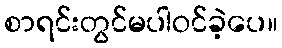
စာရင်းတွင်မပါဝင်ခဲ့ပေ။